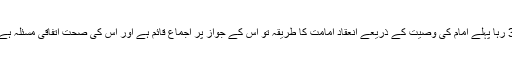
3 رہا پہلے امام کی وصیت کے ذریعے انعقاد امامت کا طریقہ تو اس کے جواز پر اجماع قائم ہے اور اس کی صحت اتفاقی مسئلہ ہے۔